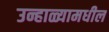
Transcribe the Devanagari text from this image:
उन्हाळ्यामधील